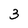
Character: 3